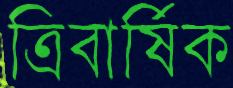
ত্রিবার্ষিক